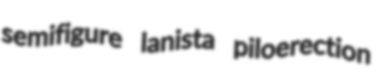
semifigure lanista piloerection